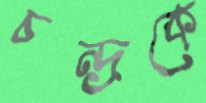
চন্দ্রকে